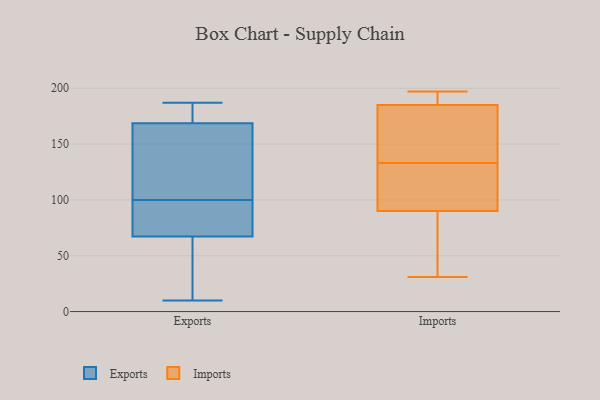
{"axis": {"x": "Production Output", "y": "Value"}, "legend": ["Exports", "Imports"], "data": [{"x": "", "y": 113, "type": "Exports"}, {"x": "", "y": 67, "type": "Exports"}, {"x": "", "y": 100, "type": "Exports"}, {"x": "", "y": 169, "type": "Exports"}, {"x": "", "y": 168, "type": "Exports"}, {"x": "", "y": 173, "type": "Exports"}, {"x": "", "y": 68, "type": "Exports"}, {"x": "", "y": 170, "type": "Exports"}, {"x": "", "y": 10, "type": "Exports"}, {"x": "", "y": 69, "type": "Exports"}, {"x": "", "y": 117, "type": "Exports"}, {"x": "", "y": 93, "type": "Exports"}, {"x": "", "y": 15, "type": "Exports"}, {"x": "", "y": 187, "type": "Exports"}, {"x": "", "y": 95, "type": "Exports"}, {"x": "", "y": 42, "type": "Exports"}, {"x": "", "y": 184, "type": "Exports"}, {"x": "", "y": 126, "type": "Exports"}, {"x": "", "y": 65, "type": "Exports"}, {"x": "", "y": 90, "type": "Imports"}, {"x": "", "y": 154, "type": "Imports"}, {"x": "", "y": 185, "type": "Imports"}, {"x": "", "y": 197, "type": "Imports"}, {"x": "", "y": 98, "type": "Imports"}, {"x": "", "y": 67, "type": "Imports"}, {"x": "", "y": 148, "type": "Imports"}, {"x": "", "y": 93, "type": "Imports"}, {"x": "", "y": 83, "type": "Imports"}, {"x": "", "y": 193, "type": "Imports"}, {"x": "", "y": 176, "type": "Imports"}, {"x": "", "y": 186, "type": "Imports"}, {"x": "", "y": 31, "type": "Imports"}, {"x": "", "y": 118, "type": "Imports"}]}